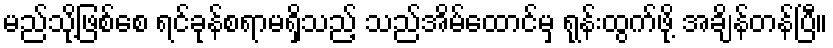
မည်သို့ဖြစ်စေ ရင်ခုန်စရာမရှိသည့် သည်အိမ်ထောင်မှ ရုန်းထွက်ဖို့ အချိန်တန်ပြီ။